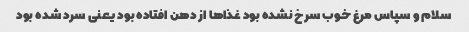
سلام و سپاس مرغ خوب سرخ نشده بود غذاها از دهن افتاده بود یعنی سرد شده بود